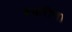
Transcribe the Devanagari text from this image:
बकरीचा